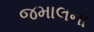
જમાલના